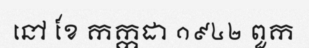
នៅ ខែ កក្កដា ១៩៤២ ពួក